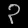
Digit: ၃